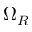
\Omega _ { R }